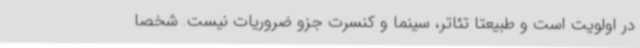
در اولویت است و طبیعتا تئاتر، سینما و کنسرت جزو ضروریات نیست. شخصا